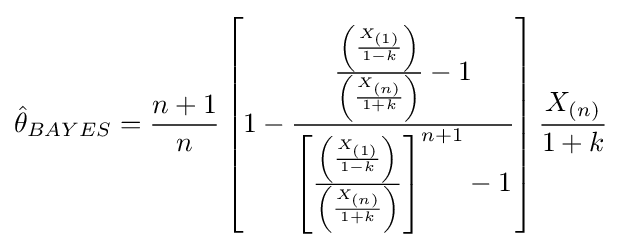
{\hat {\theta }}_{BAYES}={\frac {n+1}{n}}\left[1-{\frac {{\frac {\left({\frac {{X}_{(1)}}{1-k}}\right)}{\left({\frac {{X}_{(n)}}{1+k}}\right)}}-1}{{{\left[{\frac {\left({\frac {{X}_{(1)}}{1-k}}\right)}{\left({\frac {{X}_{(n)}}{1+k}}\right)}}\right]}^{n+1}}-1}}\right]{\frac {X_{(n)}}{1+k}}